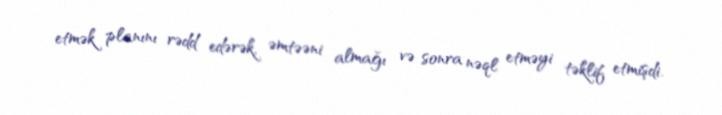
etmək planını rədd edərək, əmtəəni almağı və sonra nəql etməyi təklif etmişdi.